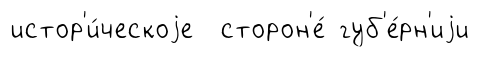
истор'и́ческоjе сторон'е́ губ'е́рн'иjи